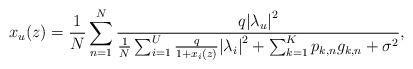
LaTeX: \begin{align*} {x_u(z)} = \frac{1}{N}\sum\limits_{n=1}^N {\frac{{{q}{{\left| {{\lambda _u}} \right|}^2}}}{{\frac{1}{N}\sum\nolimits_{i=1}^U {\frac{{{q}}}{{1 + {x_i(z)}}}{{\left| {{\lambda _i}} \right|}^2}} + \sum\nolimits_{k=1}^K {{p_{k,n}}{g_{k,n}}} + {\sigma ^2}}}},\end{align*}